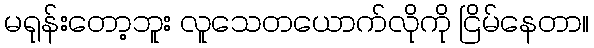
မရုန်းတော့ဘူး လူသေတယောက်လိုကို ငြိမ်နေတာ။